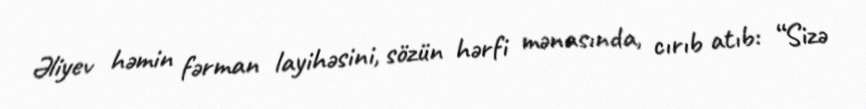
Əliyev həmin fərman layihəsini, sözün hərfi mənasında, cırıb atıb: “Sizə